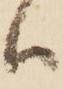
ハ